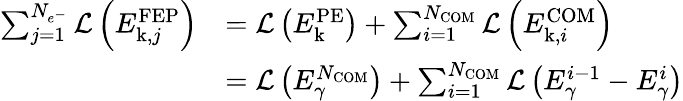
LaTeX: \begin{array}{rl}{\sum_{j=1}^{N_{e^{-}}}\mathcal{L}\left(E_{\mathrm{k},j}^{\mathrm{FEP}}\right)}&{=\mathcal{L}\left(E_{\mathrm{k}}^{\mathrm{PE}}\right)+\sum_{i=1}^{N_{\mathrm{COM}}}\mathcal{L}\left(E_{\mathrm{k},i}^{\mathrm{COM}}\right)}\\ &{=\mathcal{L}\left(E_{\gamma}^{N_{\mathrm{COM}}}\right)+\sum_{i=1}^{N_{\mathrm{COM}}}\mathcal{L}\left(E_{\gamma}^{i-1}-E_{\gamma}^{i}\right)}\end{array}